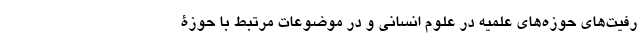
رفیت‌های حوزه­های علمیه در علوم انسانی و در موضوعات مرتبط با حوزۀ